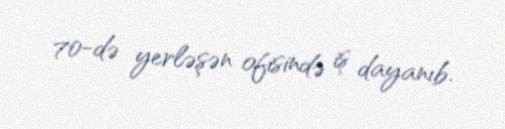
70-də yerləşən ofisində iş dayanıb.